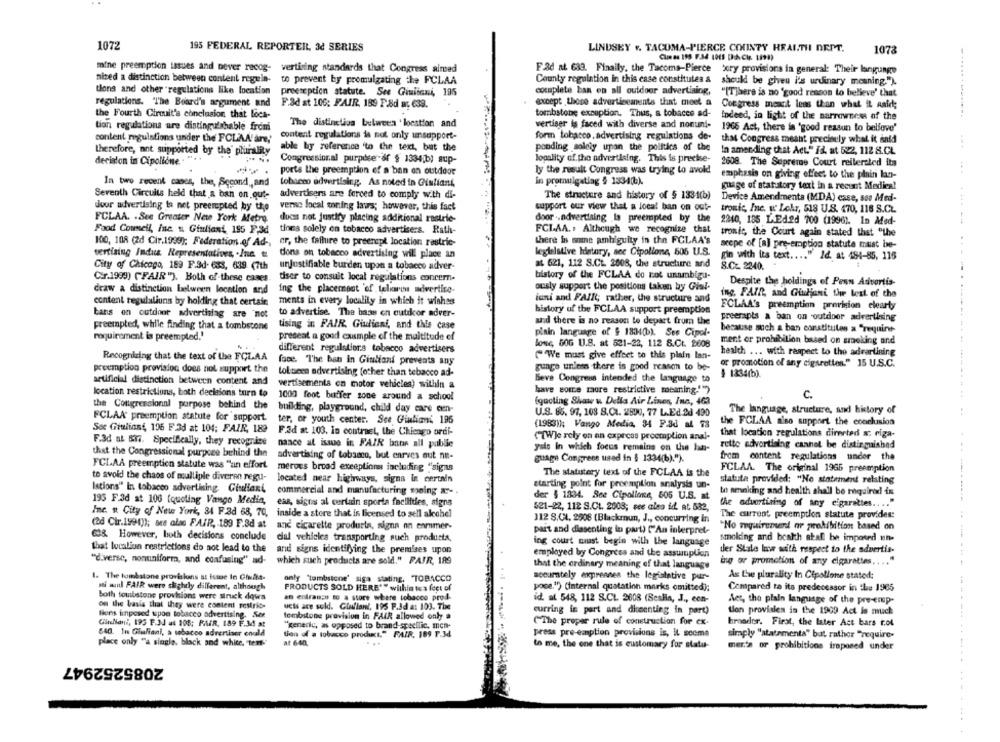
1072
195 FEDERAL REPORTERL, 3d SERIES
LINDSEY Y. TACUMA-PIERCE COUNTY HEAITH DEPT.
1073
mine preemption issues and never recog-
vertising standards that Congress aimed
F.&d nt 639. Finally, the Tacoma-Pierce txry provisions in general: Their langunge
nized a distinction between content regeln-
to prevent by promulgating the FCLAA
County regulation in this case constitutes &
should be given i's urinary meaning.").
tions and other "regulations like location
preeseption statute. See Giuliani, 195
complete ban en all outdoor advertising,
"[T]here is no 'good reason to believe' that
regulations. The Board's argument and
except those advertisements that meet a
F.ad at 106: FAIR. 189 P.8d ar, 639.
Congress meact less than what it Aaid;
the Fourth Circuit's conclusion that loca-
tombstone exsuption. Thus, a tobacco ad-
Indeed, in light of the narrowness of the
tion regulations are distinguishable from
The distinction between ' location and
vertiser is faced with diverse and nonuni-
1965 Act, there in 'good reason to believe'
content regulations under the FCLAA'are,'
content regulations is not only unsupport-
for tobacco. advertising regulations de-
that Congress meant precisely what it inid
able by reference 'to the text, but the
pending solely upan the politics of the
therefore, not supported by the plurality
In amending chat Act." Id. at 522, 112 8.CL
decision in Cipollone.
Congressional purpdser-ar § 1334;b) sup-
lopality of. the advertising. This is preekse-
2608. The Supreme Court reilersled its
ports the preemption of a ban on outdoor
ly the result Congress was trying to avold
emphasis on giving effect to the plain lan-
In two recent cases, the, Second, and
tobacco advertising. As noted in Giuliani,
in promulgating § 1334().
guage of statutory text in a recunt Medica!
Seventh Circuits held that & ban on out-
advertisers are forced to comply with di-
The structure and history of $ 1334(b)
Device Amendments (MDA) case, sso Med-
Jour advertising is net preempted by the
verse local woning laurs; however, this fact
support our view that a local ban on out-
tronic, Inc. « Lehr, 518 U.S. 470, 118 S.C.
FCLAA. . See Greater New York Metro.
ducas not justify placing additional restrie-
door .. advertising la preempled by the
2240, 185 L.Ed.ed 700 (1996). In Med-
Food Council, inc. w. Giuliani, 195 P,3d.
tions solely on tobacco advertisers. Rath-
FCLAA .: Although we recognize that
tronic, the Court again stated that "the
100, 108 (2d Cir.1999); Federation of Ad -,
er, the failure to preenspl location restric-
there in smine ambiguity in the FCLAA'S
scope of [a] pre-emption statute must be-
legtelative history, sec Cipollone, 505 U.S.
vertising Indus Representatives, . Inc.
dons on tobacco advertising will place an
gin with its text .... " Id. at 484-85, 115
City of Chicago, 189 F.3d- 633, 639 (7th
urjustifiable burden upon a tobacco adver-
at 621, 112 S.CL. 2008, the structure and
8.Cz 2240.
history of the FCLAA do not unambigu-
- .
Cor.1999) (FAIR"). Both of these cases.
tiser to consuit local regulations concern-
Despite the holdings of Penn Advertis-
draw a distinction between location and
ing the placement of telire advertise-
ously support the positions taken by Giul-
ing, FAIR, and Giuljuni the best of the
content regulaliuns by holding that certain
ments in every localily in which it wishes
iuni and FAIR; rather, the structure and
history of the FCLAA support preemption
FCLAA's preemption provision clearty
tans on outdoor advertising are not
to advertise. The bass on cutikor adver-
preerapts a ban on outdoor advertising
Freempted, while finding that a tombstone
tising in FAIR. Gudlieni, and this case
and there is no reason to depart from the
pinin language of $ 1834(b). Ses Cipol-
because such a ban constitutes a "require-
requirement is preempted.'
preseat a good cample of the multitude of
ment er prohibition based on smoking and
different regulstiors tobacco advertisers
lone, 5OG U.S. at 521-22, 112 8.Ct. 8608
Recognizing that the text of the FCLAA
("We must give effeet to this plain lan-
health ... with respect to the adrartining
face. The ban in Giuliani prevents any
or promotion of any cigarettes." 15 U.S.C.
preemption provision does not support the
gunge unless there is good reason to be-
toluees advertising (other than tebacco ad-
Beve Congress intended the language to
artificial distinction between content and
vertisementa en motor vehicles) within a
location restrictions, both decisions turn to
have some maure restrictive meaning.''?
1000 foot buffer zone around a school
(quoting Shaw u Della Air Lines, Inc, 463
C.
the Congressional purpose behind the
building, playground, child day care cen-
U.S. 85. 97, 108 S.C .. 2890, 77 L.Ed.2d 490
The language, structure, and history of
FCLAA' preemption statute for support.
ter, or youth center. See Giuliand 195
(1983)): Vango Media, 34 F.3d al 78
the FCLAA aiso support the conclusion
Sot Giuliani, 196 Fad at 104; FAIR, 189
F.3d at 103. In contrast, the Chicago ordi-
([W]e rely on an express preemption anal-
that location regulations direrted &; riga-
F.3d aL &n. Specifically, they recognise
nance at issue in FAIR bans all publie
rette advertising cannot be distinguished
that the Congressional purpose behind the
yals In which focus remains on the lan-
advertising of tobacco, but enrves out net-
guage Congress used in $ 1334(6).").
frem content regulations under the
FCLAA preemption statute was "an effort.
merous brood exceptions including "signs
The statutery text of the FCLAA is the
FCLAA. The original 1965 preemption
to avoid the chaos of multiple diveren regu-
located near highways, signa in certain
statuta provided: "No statement relating
Istions" in tobacco advertising. Giuliani
commercial and manufacturing soning x- .
starting point for preemption analysis un-
der $ 1334. See Cipollone, 505 U.S. at
to nmaking and health shall be required in
195 F.3d at 100 (quoting Vango Media,
eas, sigts al curtain sporta facilities, signs
the advertising of any cigarettes .... "
Inc. v. City of New York, 34 F.3d 68, 70,
inside a store that is licensed to sell alcohel
521-22, 112 S.Ct. 2008; see also id. at 582,
112 S.CL, 2508 (Blackmun, J ., concurring in
The current preemption statute provides:
(ad Cir.1991)); see also FAIR, 189 F.8d at
and eicarette producta, signa nn enmmer-
No requirement nr prohibition based on
part and dissenting lo part) ("An interpret-
638. However, both decisions conclude
dial vehicles transporting such products,
ing court must begin with the language
smoking and bcalth shall be imposed une
that location restrictions do not lead to the
and signs identifying the premises upon
der Stale low with respect to the advertis-
employed by Congress and the assumption
"diverse, nonuniform, and confusing" ad-
which such products are sold." PAIR, 189
that the ordinary meaning of that language
ing or promotion of any cigarettes ....
1. The tombstone provisions at issue In Ciuals-
only "tombstone' siga stating, TOBACCO
accurately exprennes the legislative pur-
As the plurality In Cipollone stated:
mi wuid FAIR were slightly different, although
pose.") (internal quotation marks omitted);
PRODUCTS SOLD HERE"" within tes fect of
Compared to its predecessor in the 1965
both tombstone provisions were struck down
an entrance to a store where tobacco prod-
id at 548, 112 S.CL. 2608 (SesHa, J ., con-
Act, the plain language of the pre-emp-
on the basis that they were content restrict-
ucis are sold. Glufiant, 195 P.Jd a: 103. The
lions iinposed upon tobacco advertising. See
tombstone provision in FAIR allowed only a
curring in part and diceenting in port)
ton provialen in the 1909 Act is much
GinNiani, 195 F.3J at 108: PAIR, 189 F.34 at
(The proper rule of construction for ex-
broader. First, the later Act bars r.ol
"generic, as opposed to brand-specific. men-
640. In Giuliani, a tobacco advertiser could
tion of a tobacco produkt." FAIR, 189 F.34
press pre-emption provisions is, It seems
simply "statementa" but rather "require-
place only "a single, black and white, "tent."
to me, the one that is customary for statu-
mer's or prohibitions imposed under
2085252947